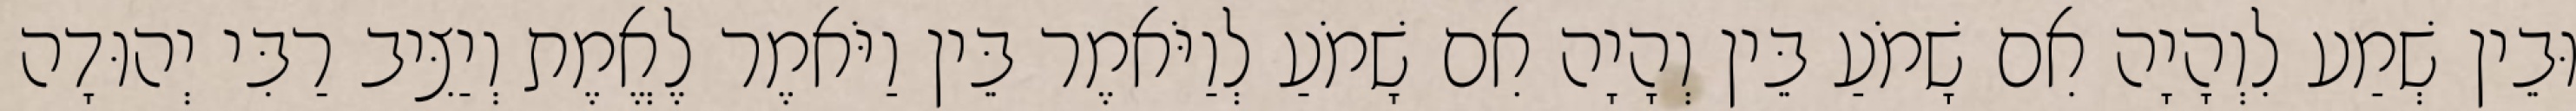
וּבֵין שְׁמַע לִוְהָיָה אִם שָׁמֹעַ בֵּין וְהָיָה אִם שָׁמֹעַ לְוַיֹּאמֶר בֵּין וַיֹּאמֶר לֶאֱמֶת וְיַצִּיב רַבִּי יְהוּדָה